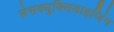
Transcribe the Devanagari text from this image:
सेसक्युक्सिडाइजिंग